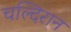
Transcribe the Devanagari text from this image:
चल्दिरान